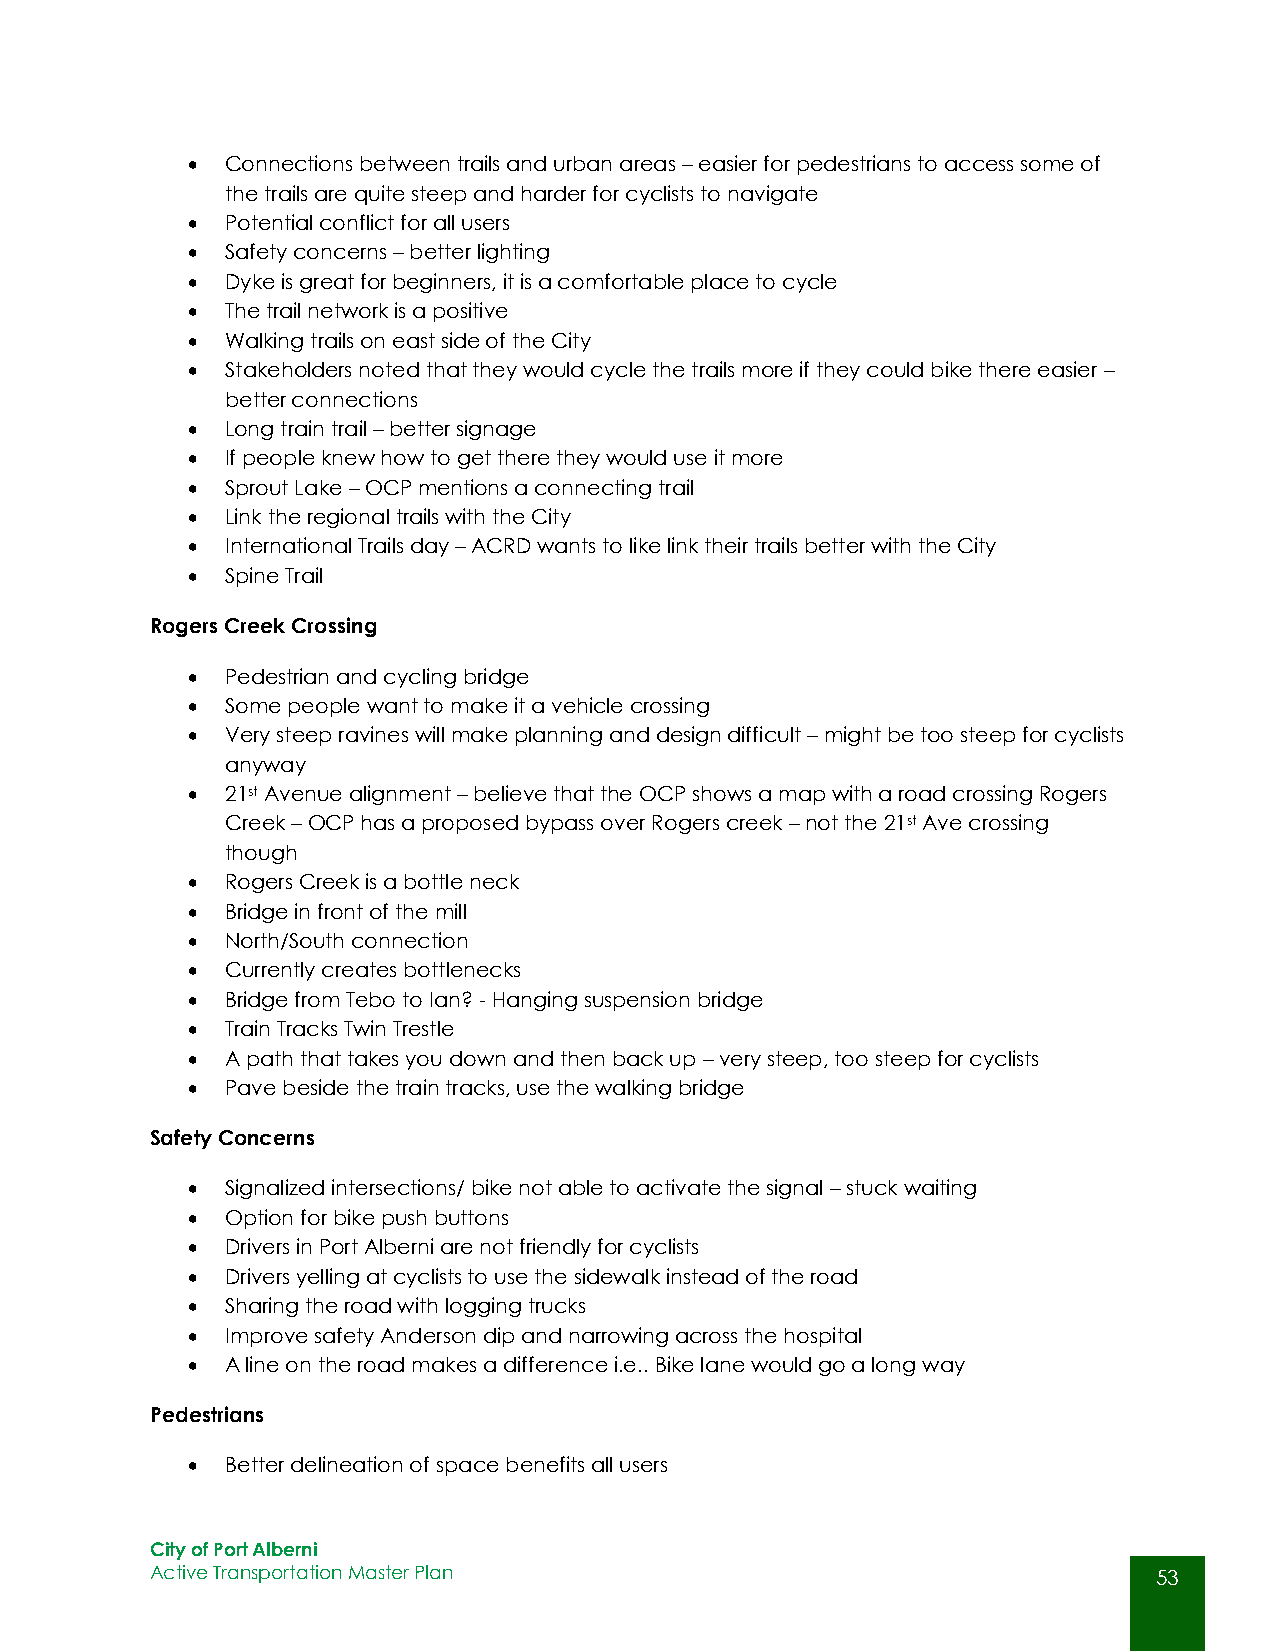
  Connections between trails and urban areas – easier for pedestrians to access some of
 the trails are quite steep and harder for cyclists to navigate
   Potential conflict for all users
   Safety concerns – better lighting
   Dyke is great for beginners, it is a comfortable place to cycle
   The trail network is a positive
   Walking trails on east side of the City
   Stakeholders noted that they would cycle the trails more if they could bike there easier –
 better connections
   Long train trail – better signage
   If people knew how to get there they would use it more
   Sprout Lake – OCP mentions a connecting trail
   Link the regional trails with the City
   International Trails day – ACRD wants to like link their trails better with the City
   Spine Trail
 Rogers Creek Crossing
   Pedestrian and cycling bridge
   Some people want to make it a vehicle crossing
   Very steep ravines will make planning and design difficult – might be too steep for cyclists
 anyway
   21st Avenue alignment – believe that the OCP shows a map with a road crossing Rogers
 Creek – OCP has a proposed bypass over Rogers creek – not the 21st Ave crossing
 though
   Rogers Creek is a bottle neck
   Bridge in front of the mill
   North/South connection
   Currently creates bottlenecks
   Bridge from Tebo to Ian? - Hanging suspension bridge
   Train Tracks Twin Trestle
   A path that takes you down and then back up – very steep, too steep for cyclists
   Pave beside the train tracks, use the walking bridge
 Safety Concerns
   Signalized intersections/ bike not able to activate the signal – stuck waiting
   Option for bike push buttons
   Drivers in Port Alberni are not friendly for cyclists
   Drivers yelling at cyclists to use the sidewalk instead of the road
   Sharing the road with logging trucks
   Improve safety Anderson dip and narrowing across the hospital
   A line on the road makes a difference i.e.. Bike lane would go a long way
 Pedestrians
   Better delineation of space benefits all users
 City of Port Alberni
 Active Transportation Master Plan                                  53
 53